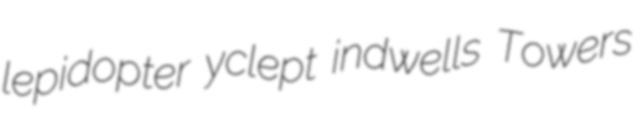
lepidopter yclept indwells Towers